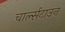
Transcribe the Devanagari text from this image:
चार्ल्सटाउन